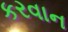
કરવાન